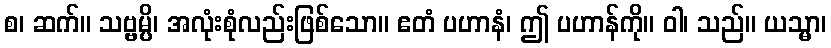
စ၊ ဆက်။ သဗ္ဗမ္ပိ၊ အလုံးစုံလည်းဖြစ်သော။ ဧတံ ပဟာနံ၊ ဤ ပဟာန်ကို။ ဝါ၊ သည်။ ယသ္မာ၊